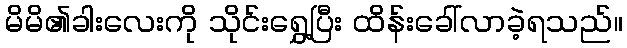
မိမိ၏ခါးလေးကို သိုင်းရွှေ့ပြီး ထိန်းခေါ်လာခဲ့ရသည်။